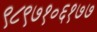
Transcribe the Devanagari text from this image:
९८९७१०६१७७